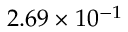
2 . 6 9 \times 1 0 ^ { - 1 }